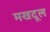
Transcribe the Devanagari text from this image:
मखदूल